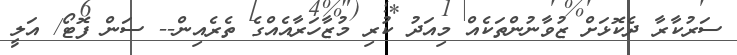
ސަރުކާރާ ދެކޮޅަށް ޒުވާނުންތަކެއް މިއަދު ކުރި މުޒާހަރާއެއްގެ ތެރެއިން-- ސަން ފޮޓޯ/ އަލީ